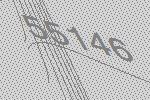
55146